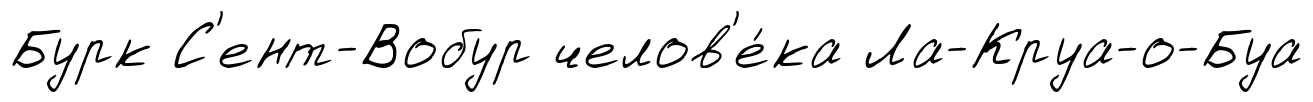
Бурк С'ент-Вобур челов'е́ка Ла-Круа-о-Буа